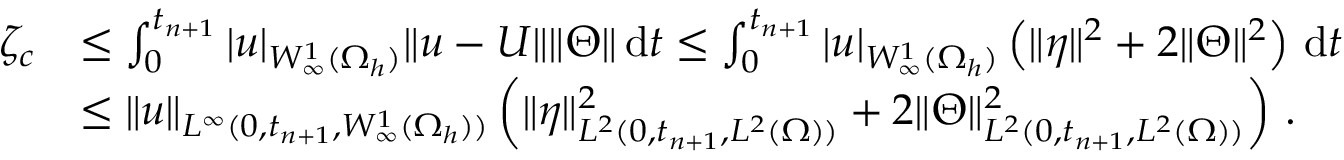
\begin{array} { r l } { \zeta _ { c } } & { \leq \int _ { 0 } ^ { t _ { n + 1 } } | \boldsymbol { u } | _ { W _ { \infty } ^ { 1 } ( \Omega _ { h } ) } \| \boldsymbol { u } - \boldsymbol { U } \| \| \boldsymbol { \Theta } \| \, \mathrm { d } t \leq \int _ { 0 } ^ { t _ { n + 1 } } | \boldsymbol { u } | _ { W _ { \infty } ^ { 1 } ( \Omega _ { h } ) } \left( \| \boldsymbol { \eta } \| ^ { 2 } + 2 \| \boldsymbol { \Theta } \| ^ { 2 } \right) \, \mathrm { d } t } \\ & { \leq \| \boldsymbol { u } \| _ { L ^ { \infty } ( 0 , t _ { n + 1 } , W _ { \infty } ^ { 1 } ( \Omega _ { h } ) ) } \left( \| \boldsymbol { \eta } \| _ { L ^ { 2 } ( 0 , t _ { n + 1 } , L ^ { 2 } ( \Omega ) ) } ^ { 2 } + 2 \| \boldsymbol { \Theta } \| _ { L ^ { 2 } ( 0 , t _ { n + 1 } , L ^ { 2 } ( \Omega ) ) } ^ { 2 } \right) \, . } \end{array}